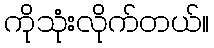
ကိုသုံးလိုက်တယ်။